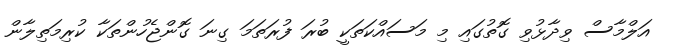
އަލްމާސް ވިދާޅުވި ގޮތުގައި މި މަސައްކަތަކީ ބުރަ ފުރަތަމަ ގިނަ ގޮންޖެހުންތަކާ ކުރިމަތިލާން